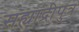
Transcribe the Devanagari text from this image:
सह्याद्रीपुत्र